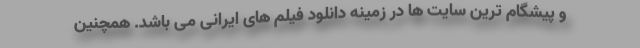
و پیشگام ترین سایت ها در زمینه دانلود فیلم های ایرانی می باشد. همچنین